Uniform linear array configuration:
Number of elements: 12
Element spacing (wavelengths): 1
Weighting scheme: blackman
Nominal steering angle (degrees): -30
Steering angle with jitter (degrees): -31.596
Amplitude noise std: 0.05
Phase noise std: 0.05

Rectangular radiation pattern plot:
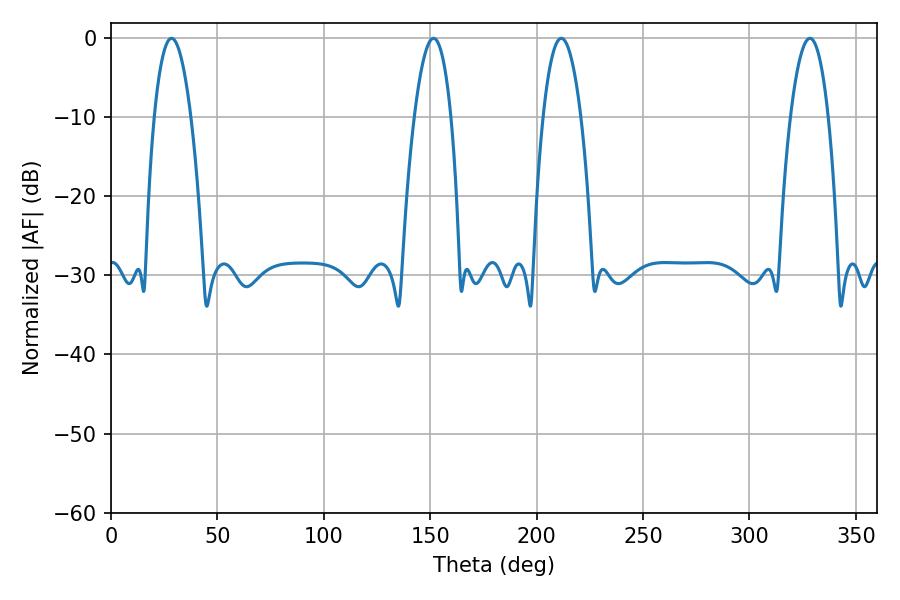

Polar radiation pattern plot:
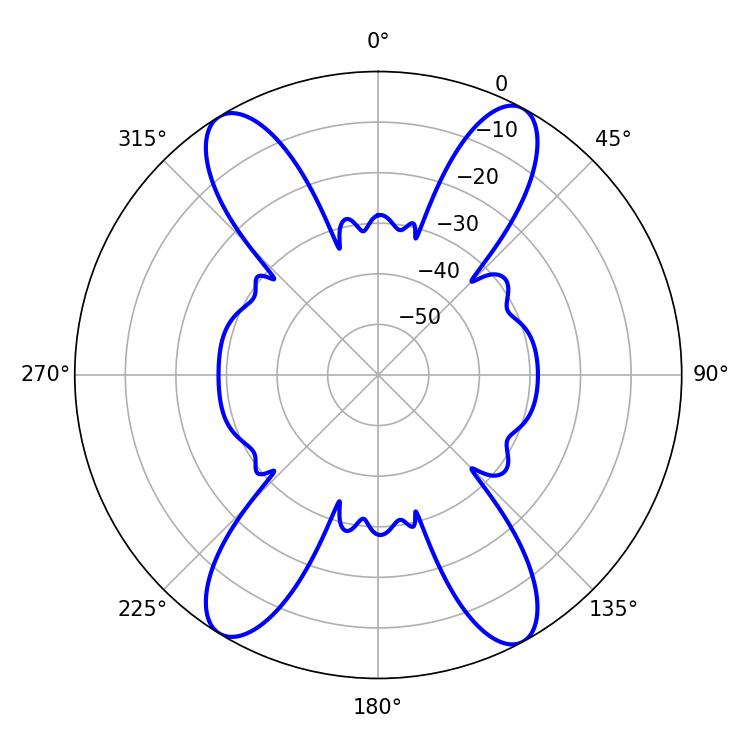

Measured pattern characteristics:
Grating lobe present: TRUE
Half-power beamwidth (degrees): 9.54
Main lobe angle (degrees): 28.44